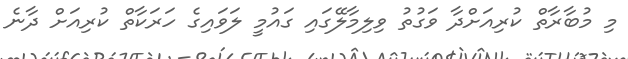
މި މުބާރާތް ކުރިއަށްދާ ވަގުތު ވިލިމާލޭގައި ގައުމީ ލަވައިގެ ހަރަކާތް ކުރިއަށް ދާނެ